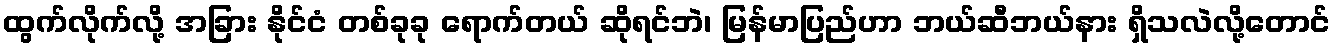
ထွက်လိုက်လို့ အခြား နိုင်ငံ တစ်ခုခု ရောက်တယ် ဆိုရင်ဘဲ၊ မြန်မာပြည်ဟာ ဘယ်ဆီဘယ်နား ရှိသလဲလို့တောင်